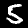
Label: 5